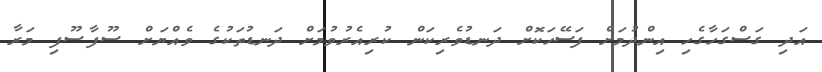
އަދި ގަސްގަހާގެހި އިންދުމަށް ފަސޭހަކޮށް ދަނޑުވެރިކަން ކުރިއެރުވުމަށް ދަނޑުތަކުގެ ވެއްޔަށް ސޫފާސޫފި މަރާ